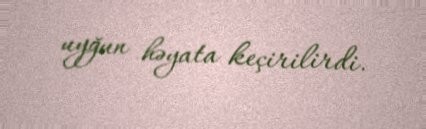
uyğun həyata keçirilirdi.